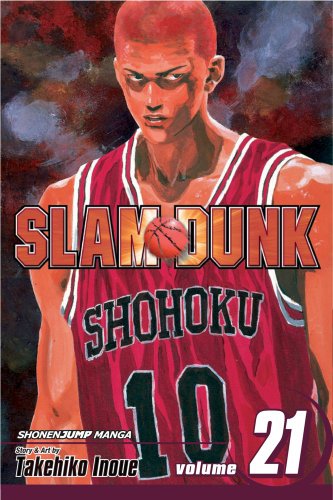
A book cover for Slam Dunk, Vol. 21; Takehiko Inoue; Comics & Graphic Novels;